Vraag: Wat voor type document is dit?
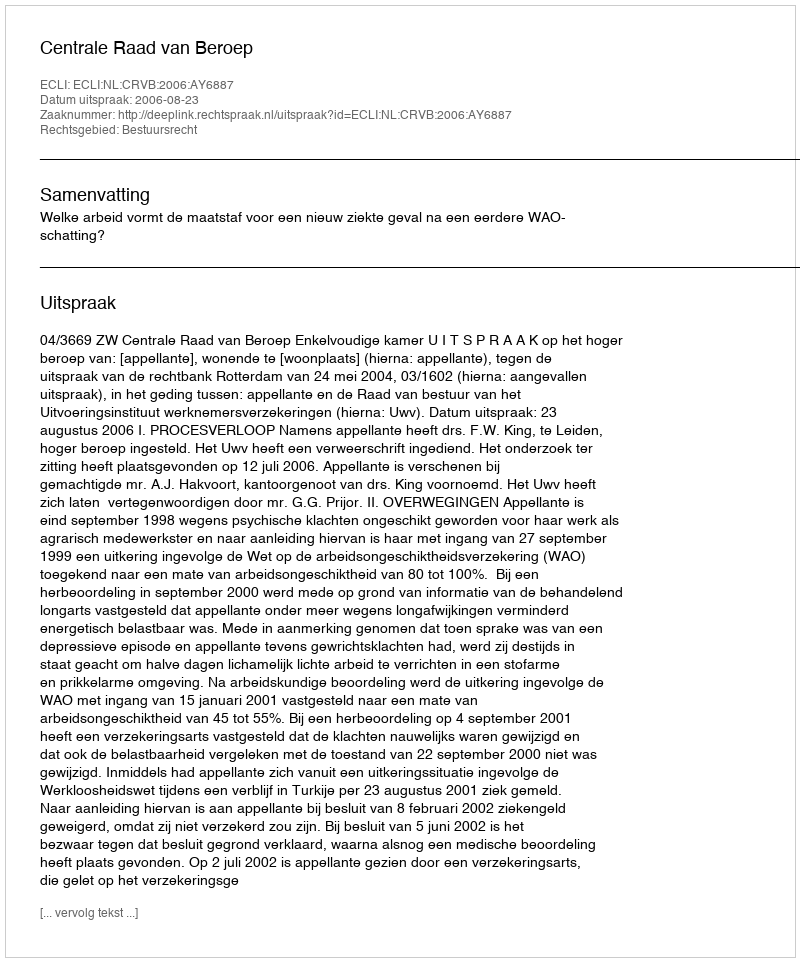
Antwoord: Uitspraak